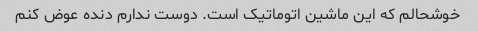
خوشحالم که این ماشین اتوماتیک است. دوست ندارم دنده عوض کنم